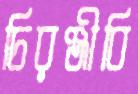
চিরঞ্জীবি